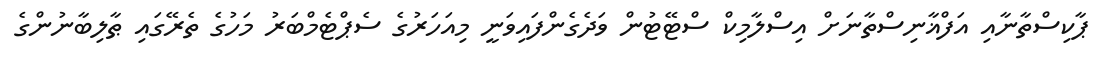
ޕާކިސްތާނާއި އަފްޣާނިސްތާނަށް އިސްލާމިކް ސްޓޭޓުން ވަދެގެންފައިވަނީ މިއަހަރުގެ ސެޕްޓެމްބަރު މަހުގެ ތެރޭގައި ޠާލިބާނުންގެ